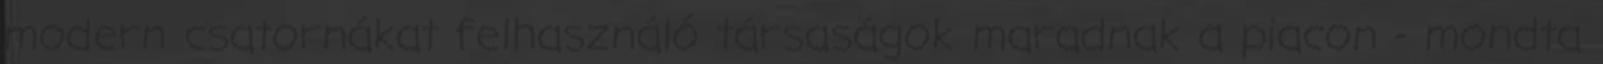
modern csatornákat felhasználó társaságok maradnak a piacon - mondta